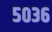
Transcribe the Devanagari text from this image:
५०३६